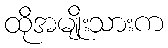
ထိုအမျိုးသားက